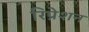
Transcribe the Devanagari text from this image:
रिप्रेशन